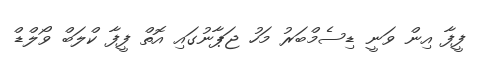
ފީފާ އިން ވަނީ ޑިސެމްބަރު މަހު ޖަޕާނުގައި އޮތް ފީފާ ކްލަބް ވޯލްޑް